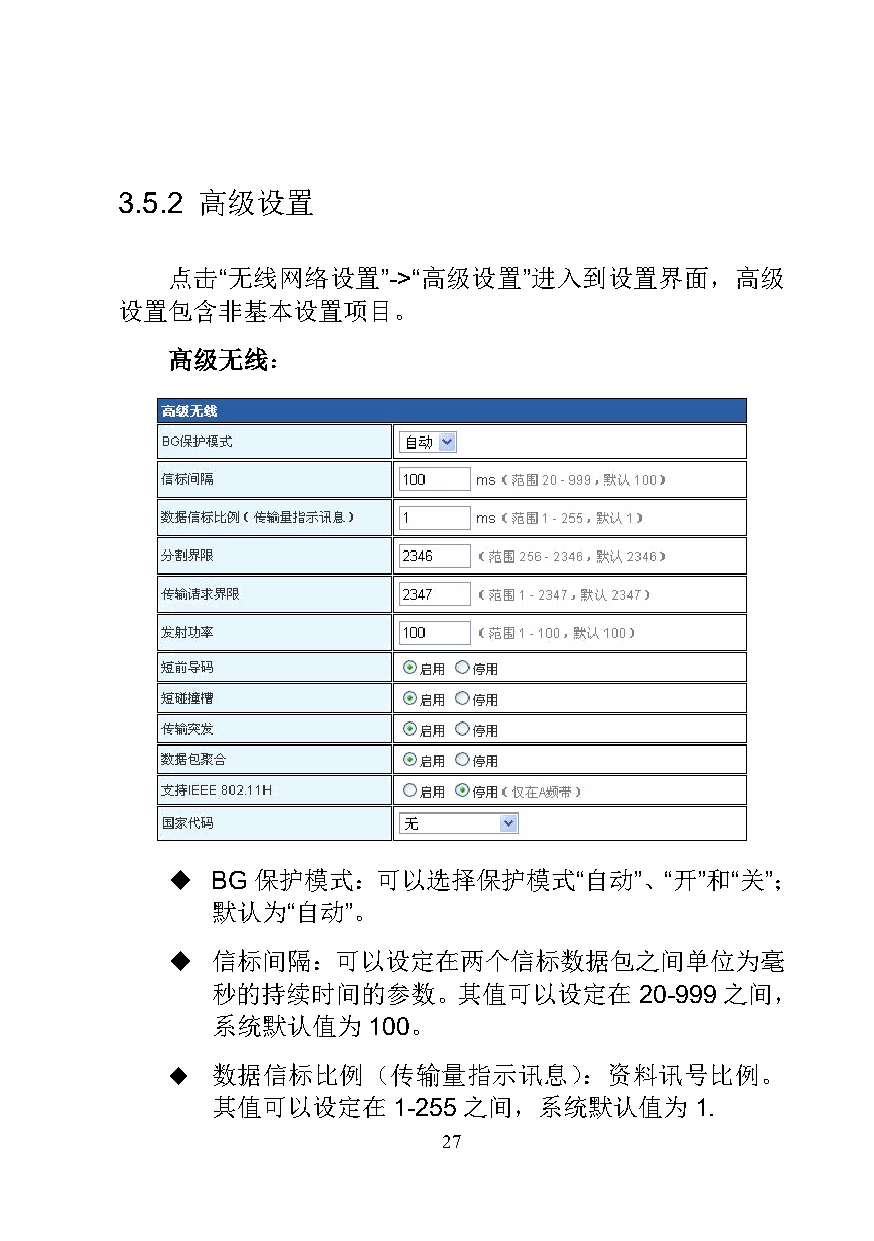
3.5.2 高级设置
 点击“无线网络设置”->“高级设置”进入到设置界面，高级
 设置包含非基本设置项目。
 高级无线：
   BG 保护模式：可以选择保护模式“自动”、“开”和“关”；
 默认为“自动”。
   信标间隔：可以设定在两个信标数据包之间单位为毫
 秒的持续时间的参数。其值可以设定在           20-999 之间，
 系统默认值为    100。
   数据信标比例（传输量指示讯息）：资料讯号比例。
 其值可以设定在     1-255 之间，系统默认值为     1.
 27